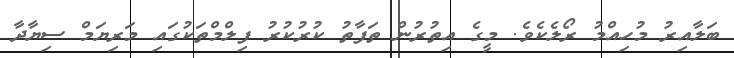
ބަލާއިރު މުހިއްމު ރޯލެކެވެ. މީގެ އިތުރުން ތަފާތު ކުރުކުރު ފިލްމްތަކުގައި މަރިޔަމް ސިޔާދާ